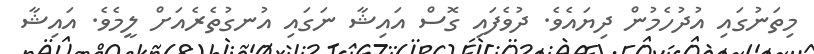
މިތަނުގައި އުދުހެމުން ދިޔައެވެ. ދުވެފައި ގޮސް އައިޝާ ނަގައި އުނގުތެރެއަށް ލީމެވެ. އައިޝާ